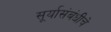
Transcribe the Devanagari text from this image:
सूर्यासंबंधीचे